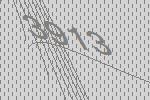
3913